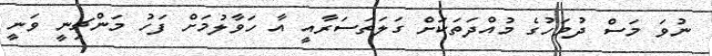
ނުވަ މަސް ދުވަހުގެ މުއްދަތަކަށް ގަލަތަސަރާއީ އާ ހަވާލުމަށް ފަހު މަންޗިނީ ވަނީ